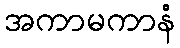
အကာမကာနံ